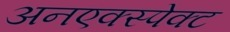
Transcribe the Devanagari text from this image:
अनएक्स्पेक्ट